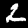
Label: 2